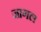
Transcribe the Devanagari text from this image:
जागल